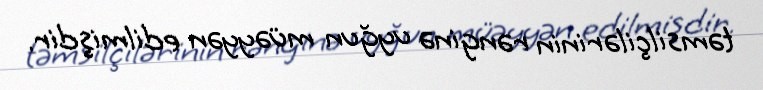
təmsilçilərinin rənginə uyğun müəyyən edilmişdir.